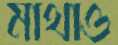
মাথাও